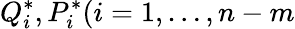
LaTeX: Q_{i}^{\ast},P_{i}^{\ast}(i=1,\dots,n-m